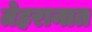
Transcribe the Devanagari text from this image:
तेहरानात